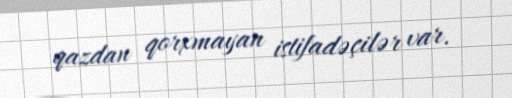
qazdan qorxmayan istifadəçilər var.